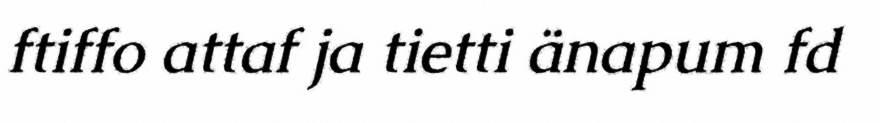
ftiffo attaf ja tietti änapum fd